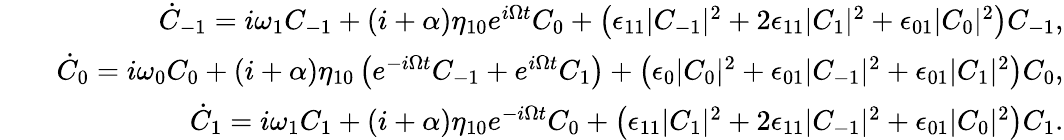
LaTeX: \begin{array}{rlr}&{}&{\dot{C}_{-1}=i\omega_{1}C_{-1}+(i+\alpha)\eta_{10}e^{i\Omega t}C_{0}+\left(\epsilon_{11}|C_{-1}|^{2}+2\epsilon_{11}|C_{1}|^{2}+\epsilon_{01}|C_{0}|^{2}\right)C_{-1},}\\ &{}&{\dot{C}_{0}=i\omega_{0}C_{0}+(i+\alpha)\eta_{10}\left(e^{-i\Omega t}C_{-1}+e^{i\Omega t}C_{1}\right)+\left(\epsilon_{0}|C_{0}|^{2}+\epsilon_{01}|C_{-1}|^{2}+\epsilon_{01}|C_{1}|^{2}\right)C_{0},}\\ &{}&{\dot{C}_{1}=i\omega_{1}C_{1}+(i+\alpha)\eta_{10}e^{-i\Omega t}C_{0}+\left(\epsilon_{11}|C_{1}|^{2}+2\epsilon_{11}|C_{-1}|^{2}+\epsilon_{01}|C_{0}|^{2}\right)C_{1}.}\end{array}